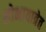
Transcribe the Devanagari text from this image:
शोभायात्रेत